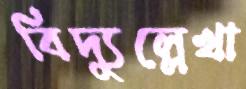
বিদ্যুল্লেখা